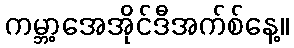
ကမ္ဘာ့အေအိုင်ဒီအက်စ်နေ့။